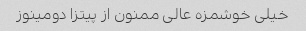
خیلی خوشمزه عالی ممنون از پیتزا دومینوز